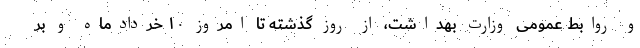
و روابط عمومی وزارت بهداشت، از روز گذشته تا امروز ۱۰ خردادماه و بر